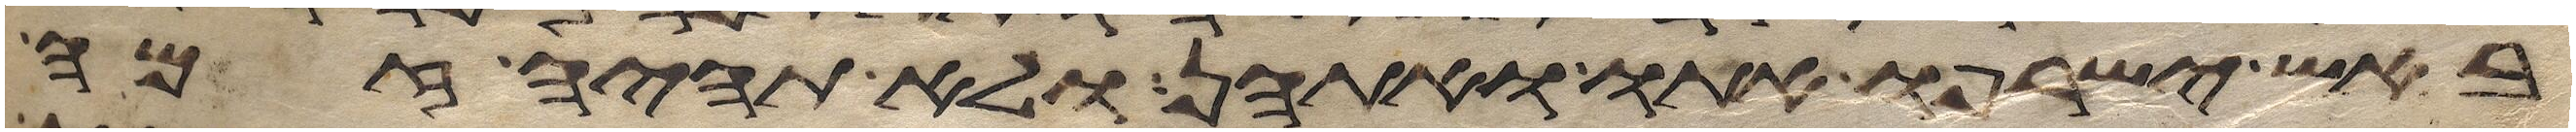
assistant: באש ישרפו אתו ואתהן ולא תהיה זמה